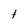
Character: t